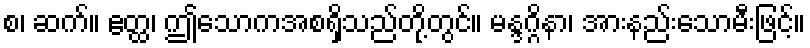
စ၊ ဆက်။ ဧတ္ထ၊ ဤသောကအစရှိသည်တို့တွင်။ မန္ဒဂ္ဂိနာ၊ အားနည်းသောမီးဖြင့်။